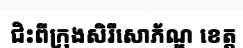
ជិះពីក្រុងសិរីសោភ័ណ្ឌ ខេត្ត